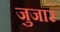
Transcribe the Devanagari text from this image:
जुजार